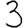
Digit: 3